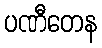
ပဏီတေန